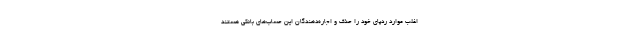
اغلب موارد ردپای خود را حذف و اجاره‌دهندگان این حساب‌های بانکی هستند